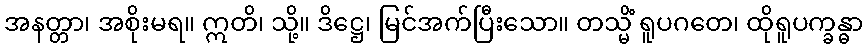
အနတ္တာ၊ အစိုးမရ။ ဣတိ၊ သို့။ ဒိဋ္ဌေ၊ မြင်အက်ပြီးသော။ တသ္မိံ ရူပဂတေ၊ ထိုရူပက္ခန္ဓာ